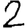
Digit: 2